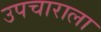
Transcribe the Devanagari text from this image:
उपचाराला